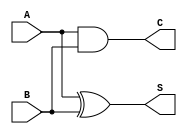
module half_adder (
    input A, // input A
    input B, // input B
    output S, // sum output
    output C // carry output
);

assign S = A ^ B; // XOR gate for sum
assign C = A & B; // AND gate for carry

endmodule